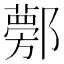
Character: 𨟁